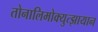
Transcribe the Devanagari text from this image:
तोनालिमोक्युत्झायान